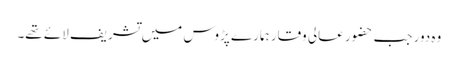
وہ دور جب حضور عالی وقار ہمارے پڑوس میں تشریف لائے تھے۔